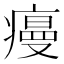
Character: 𭼡